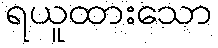
ရယူထားသော